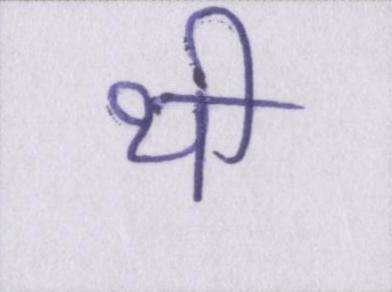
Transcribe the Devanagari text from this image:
थी